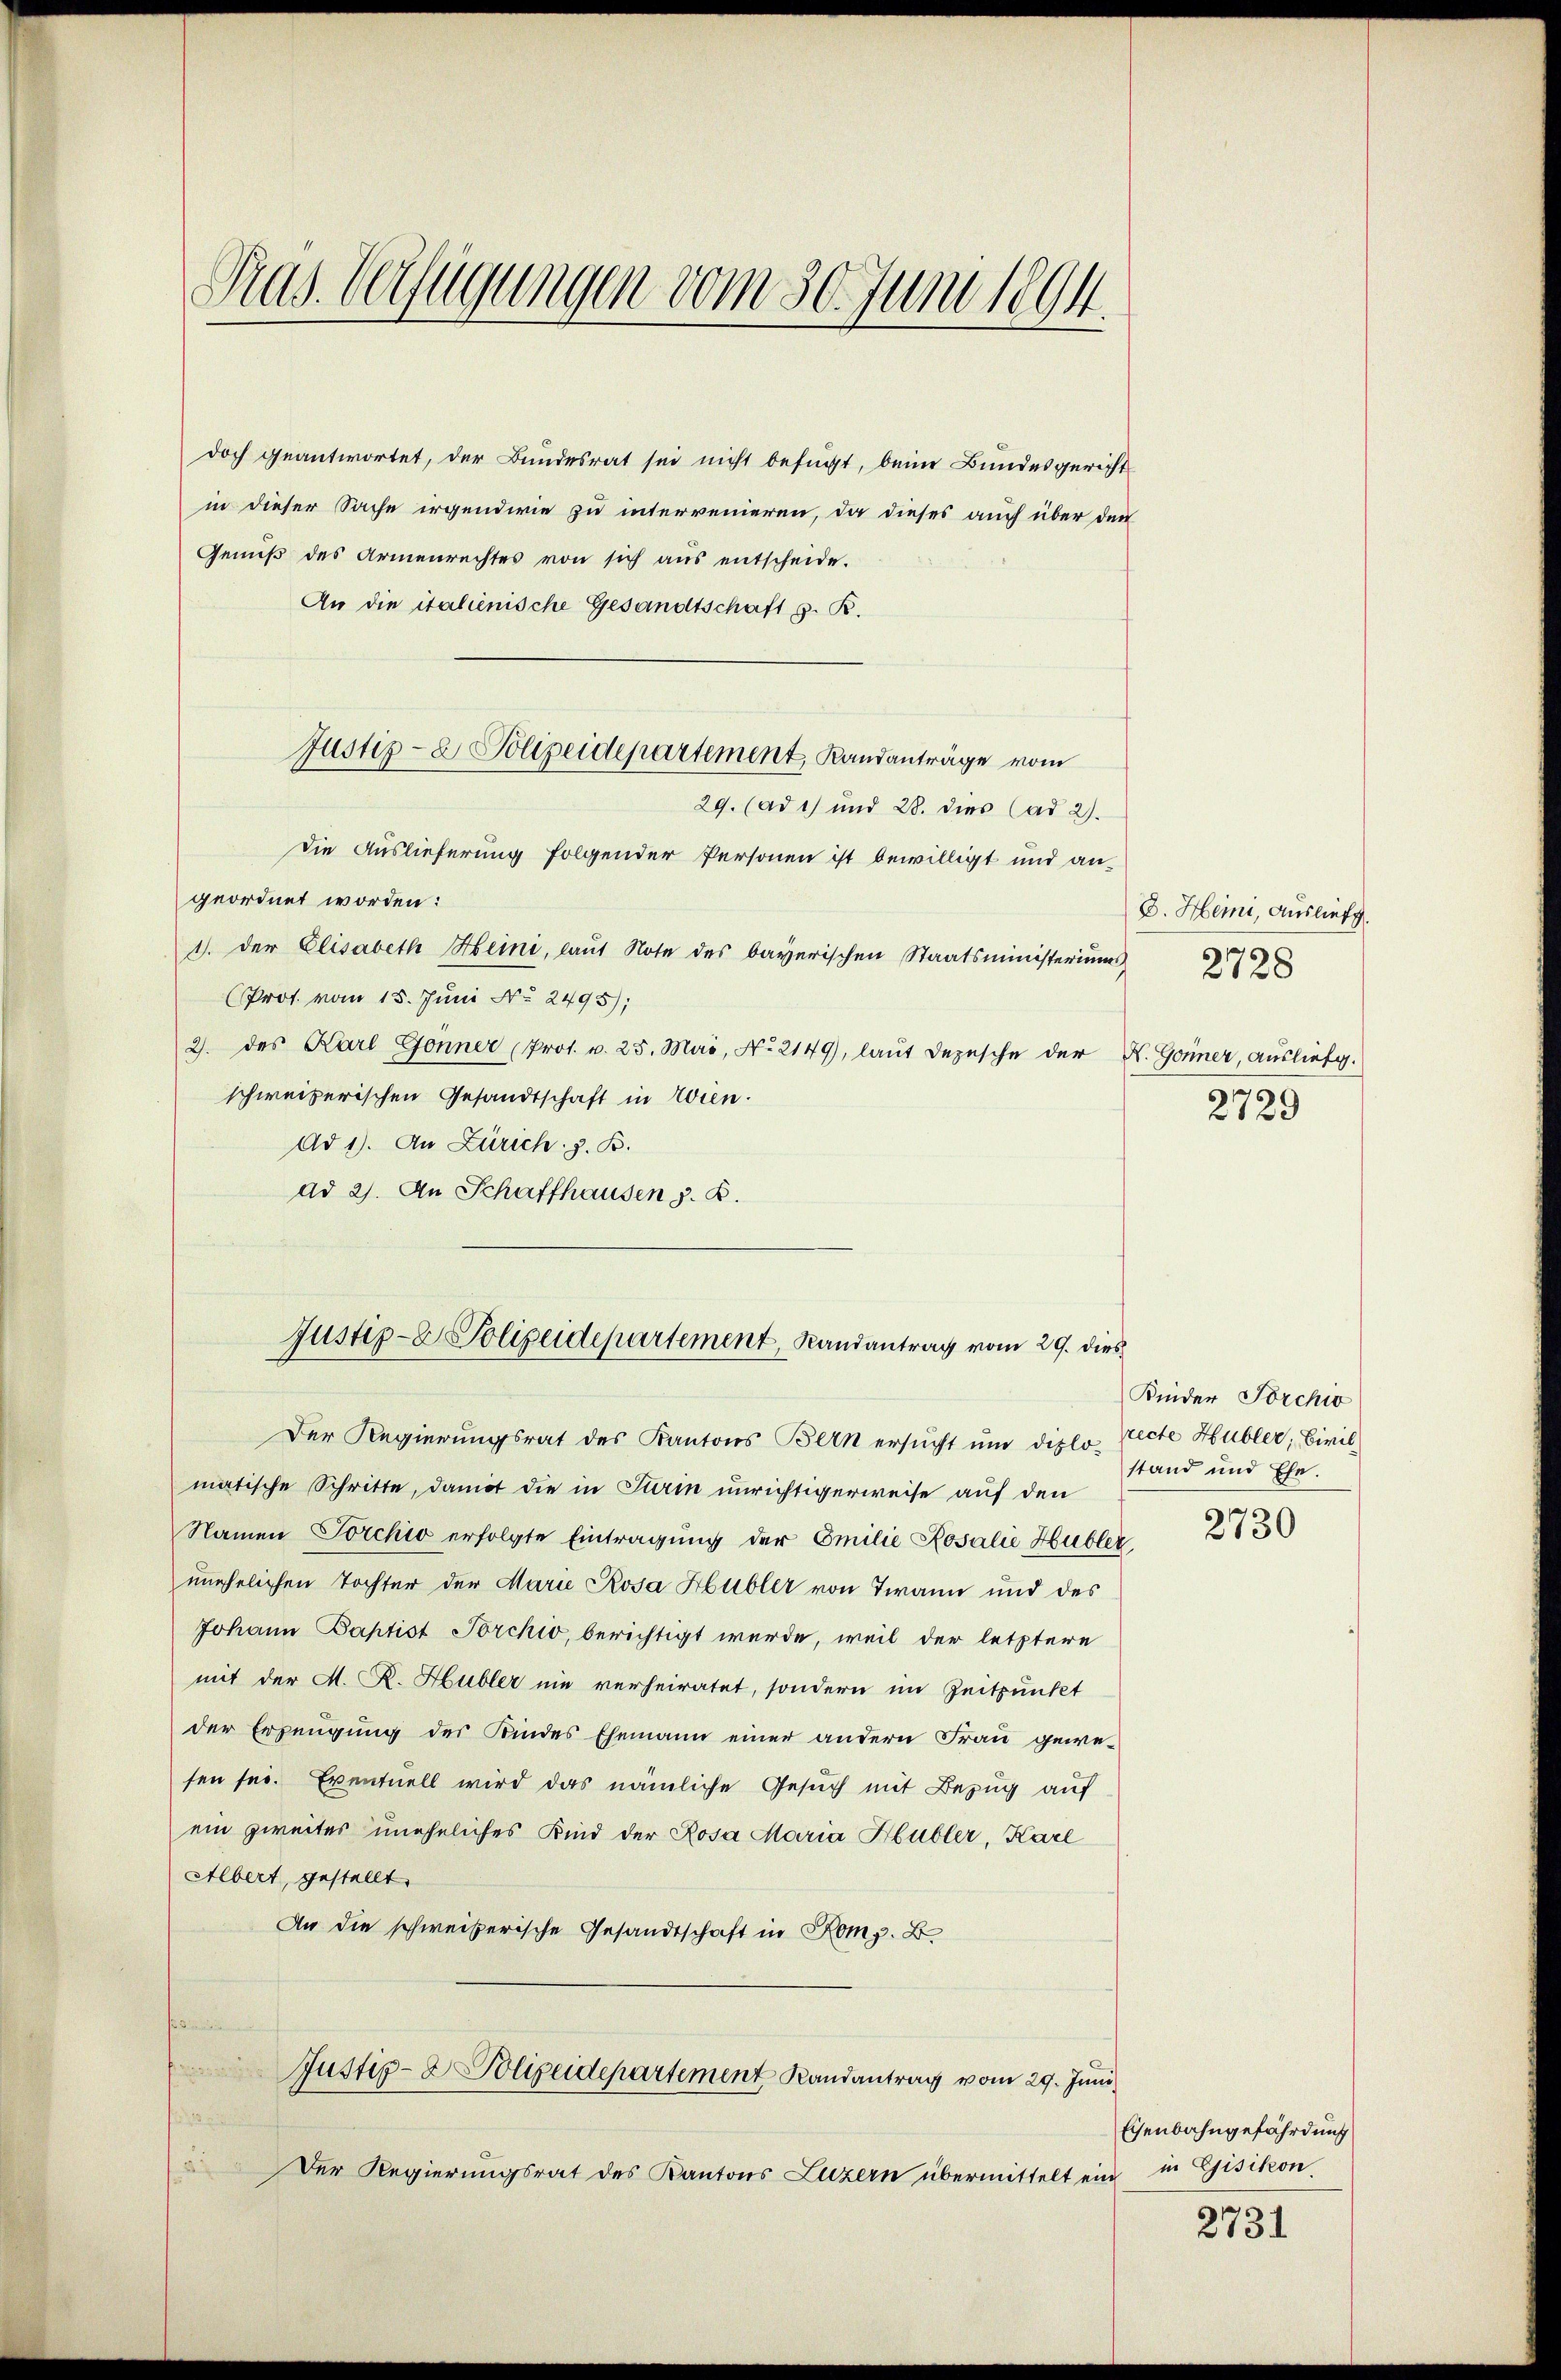
Pras. Verfügungen vom 30. Juni 1894.

doch geantwortet, der Bundesrat sei nicht befugt, beim Bundesgericht
in dieser Sache irgendwie zu intervenieren, da dieses auch über den
Genŭβ des Armenrechtes von sich aŭs entscheide.
An die italienische Gesandtschaft z. R.
29. (ad 1) und 28. dies (ad 2).
Die Auslieferung folgender Personen ist bewilligt und an-
geordnet worden:
1. der Elisabeth Heini, laŭt Note des bayerischen Staatsministeriums
Prof. vom 15. Juni No 2495);
2. des Karl Gönner (Prot. v. 25. Mai, No. 2149), laŭt Depesche der K. Gönner, ausliefg.
schweizerischen Gesandtschaft in Wien.
Ad 1). An Zürich z. B.
ad 2. An Schaffhausen z. B.
Justiz- & Polizeidepartement, Randantrag vom 29. dies
Der Regierungsrat des Kantons Bern ersucht um diplo- Lecte Hubler, Civilmatische Schritte, damit die in Strin unrichtigerweise auf den
Namen Torchiv erfolgte Eintragung der Emilie Rosalie Hubler
unehelichen Tochter der Marie Rosa Hubler von Twann und des
Johann Baptist Porchio, berichtigt werde, weil der letztere
mit der M. R. Hubler nie verheiratet, sondern im Zeitpunkt
der Erzeugung des Kindes Ehemann einer andern Frau gewesen sei. Eventuell wird das nämliche Gesuch mit Bezug auf
ein zweiter uneheliches Kind der Rosa Maria Hubler, Karl
Albert, gestellt.
An die schweizerische Gesandtschaft in Komp. B
Justiz- & Polizeidepartement Randantrag vom 29. Juni
¬
Der Regierungsrat des Kantons Luzern übermittelt ein in Gisikon

Justiz- & Polizeidepartement, Randanträge vom

D. Heini, Auslief
2728
2729

Kinder Porchiv
stand und Ehe.

2730

Eisenbahngefährdung

2731